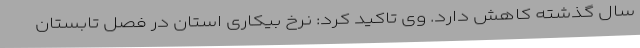
سال گذشته کاهش دارد. وی تاکید کرد: نرخ بیکاری استان در فصل تابستان